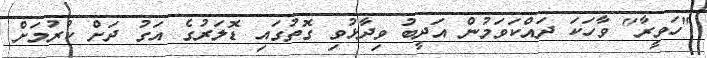
"ހަވީރާ" ވާހަކަ ދައްކަވަމުން އަދީބު ވިދާޅުވި ގޮތުގައި ޑޮލަރުގެ އަގު ދަށް ކުރުމަށް